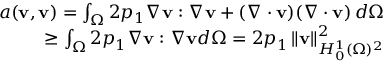
\begin{array} { r l r } & { } & { a ( \mathbf { v } , \mathbf { v } ) = \int _ { \Omega } 2 p _ { 1 } \nabla \mathbf { v } : \nabla \mathbf { v } + ( \nabla \cdot \mathbf { v } ) ( \nabla \cdot \mathbf { v } ) \, d \Omega } \\ & { } & { \geq \int _ { \Omega } 2 p _ { 1 } \nabla \mathbf { v } : \nabla \mathbf { v } d \Omega = 2 p _ { 1 } \left\lVert \mathbf { v } \right\rVert _ { H _ { 0 } ^ { 1 } ( \Omega ) ^ { 2 } } ^ { 2 } } \end{array}